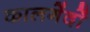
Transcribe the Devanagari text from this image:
कालगेंदों